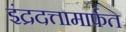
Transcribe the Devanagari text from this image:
इंद्रदत्तामार्फत